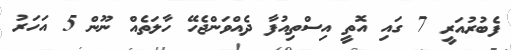
ފެބުރުއަރީ 7 ގައި އޮތީ އިސްތިއުފާ ދެއްވަންޖެހޭ ހާލަތެއް ނޫން 5 އަހަރު